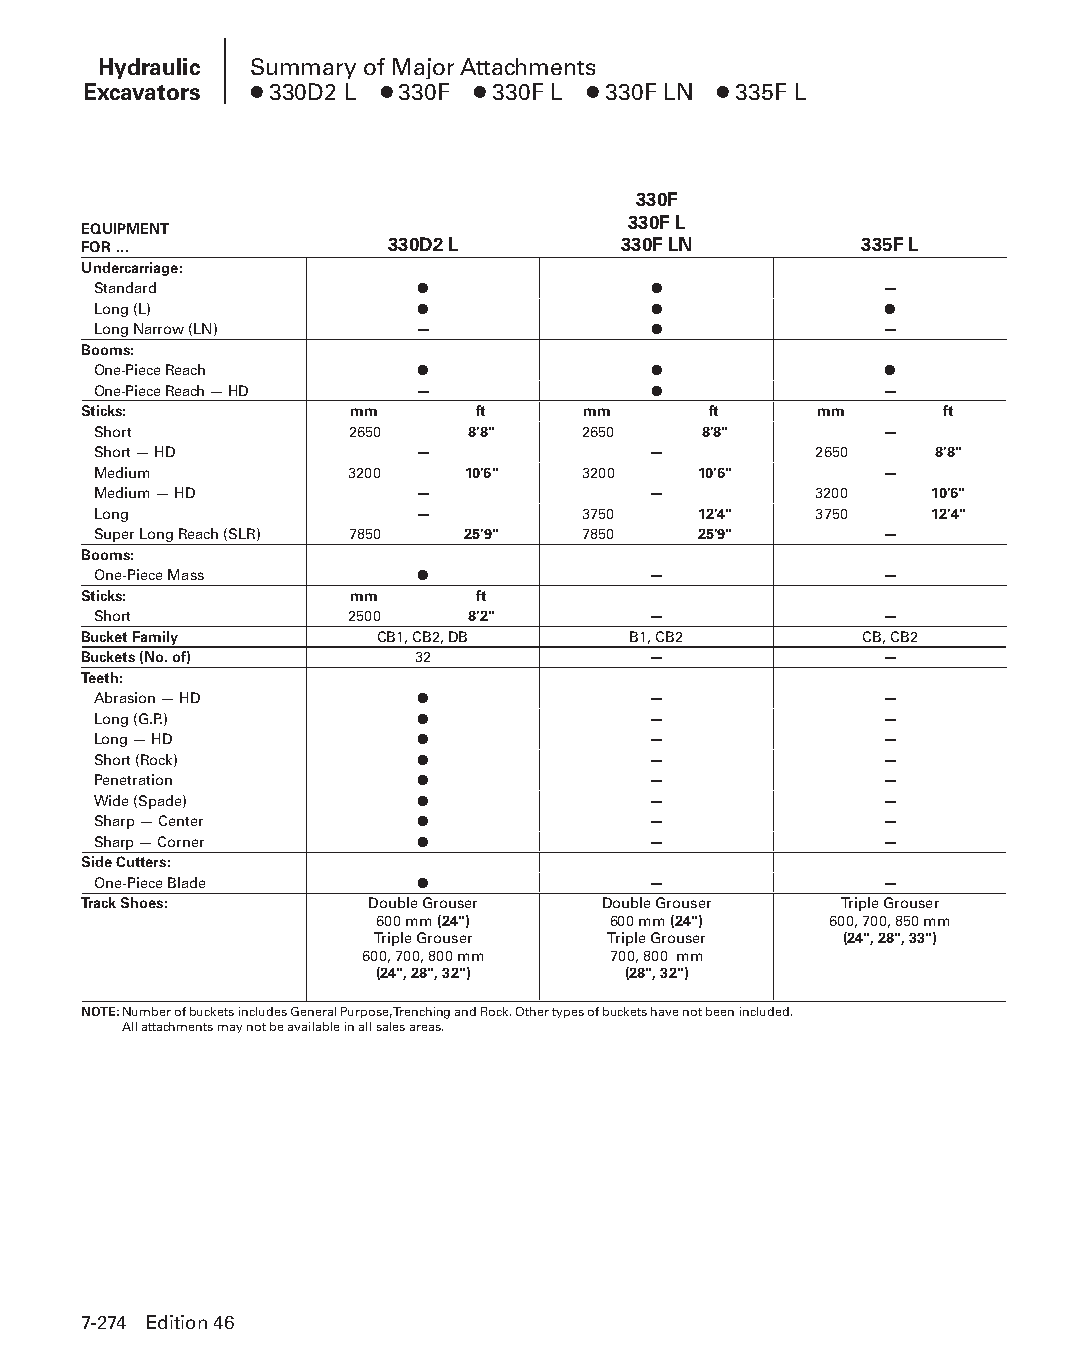
Hydraulic Summary of Major Attachments
 Excavators ● 330D2 L ● 330F ● 330F L ● 330F LN ● 335F L
 330F
 330F L
 EQUIPMENT
 FOR …               330D2 L        330F LN         335F L
 Undercarriage:
 Standard             ●              ●               —
 Long (L)             ●              ●               ●
 Long Narrow (LN)     —              ●               —
 Booms:
 One-Piece Reach      ●              ●               ●
 One-Piece Reach — HD —              ●               —
 Sticks:           mm      ft     mm      ft      mm      ft
 Short           2650    8'8"    2650    8'8"        —
 Short — HD           —              —          2650    8'8"
 Medium          3200    10'6"   3200    10'6"       —
 Medium — HD          —              —          3200    10'6"
 Long                 —          3750    12'4"  3750    12'4"
 Super Long Reach (SLR) 7850 25'9" 7850  25'9"       —
 Booms:
 One-Piece Mass       ●              —               —
 Sticks:           mm      ft
 Short           2500    8'2"        —               —
 Bucket Family      CB1, CB2, DB     B1, CB2        CB, CB2
 Buckets (No. of)      32             —               —
 Teeth:
 Abrasion — HD        ●              —               —
 Long (G.P.)          ●              —               —
 Long — HD            ●              —               —
 Short (Rock)         ●              —               —
 Penetration          ●              —               —
 Wide (Spade)         ●              —               —
 Sharp — Center       ●              —               —
 Sharp — Corner       ●              —               —
 Side Cutters:
 One-Piece Blade      ●              —               —
 Track Shoes:       Double Grouser Double Grouser  Triple Grouser
 600 mm (24")    600 mm (24")  600, 700, 850 mm
 Triple Grouser  Triple Grouser (24", 28", 33")
 600, 700, 800 mm 700, 800 mm
 (24", 28", 32")  (28", 32")
 NOTE: Number of buckets includes General Purpose, Trenching and Rock. Other types of buckets have not been included.
 All attachments may not be available in all sales areas.
 7-274 Edition 46
 PPHHBB--SSeecc0077--HHyyddrraauulliiccEExxccaavvaattoorrss((ppgg224433--229944))..iinndddd 227744 1122//44//1155 1100::3377 AAMM